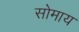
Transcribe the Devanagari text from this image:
सोमाय